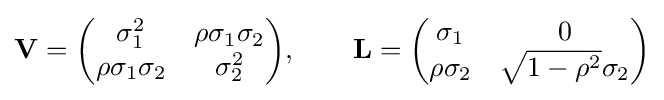
\mathbf {V} ={\begin{pmatrix}\sigma _{1}^{2}&\rho \sigma _{1}\sigma _{2}\\\rho \sigma _{1}\sigma _{2}&\sigma _{2}^{2}\end{pmatrix}},\qquad \mathbf {L} ={\begin{pmatrix}\sigma _{1}&0\\\rho \sigma _{2}&{\sqrt {1-\rho ^{2}}}\sigma _{2}\end{pmatrix}}